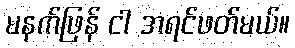
မနက်ဖြန် ငါ အရင်ဖတ်မယ်။